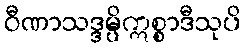
ဝီဏာသဒ္ဒမ္ပိဣစ္စာဒီသုပိ